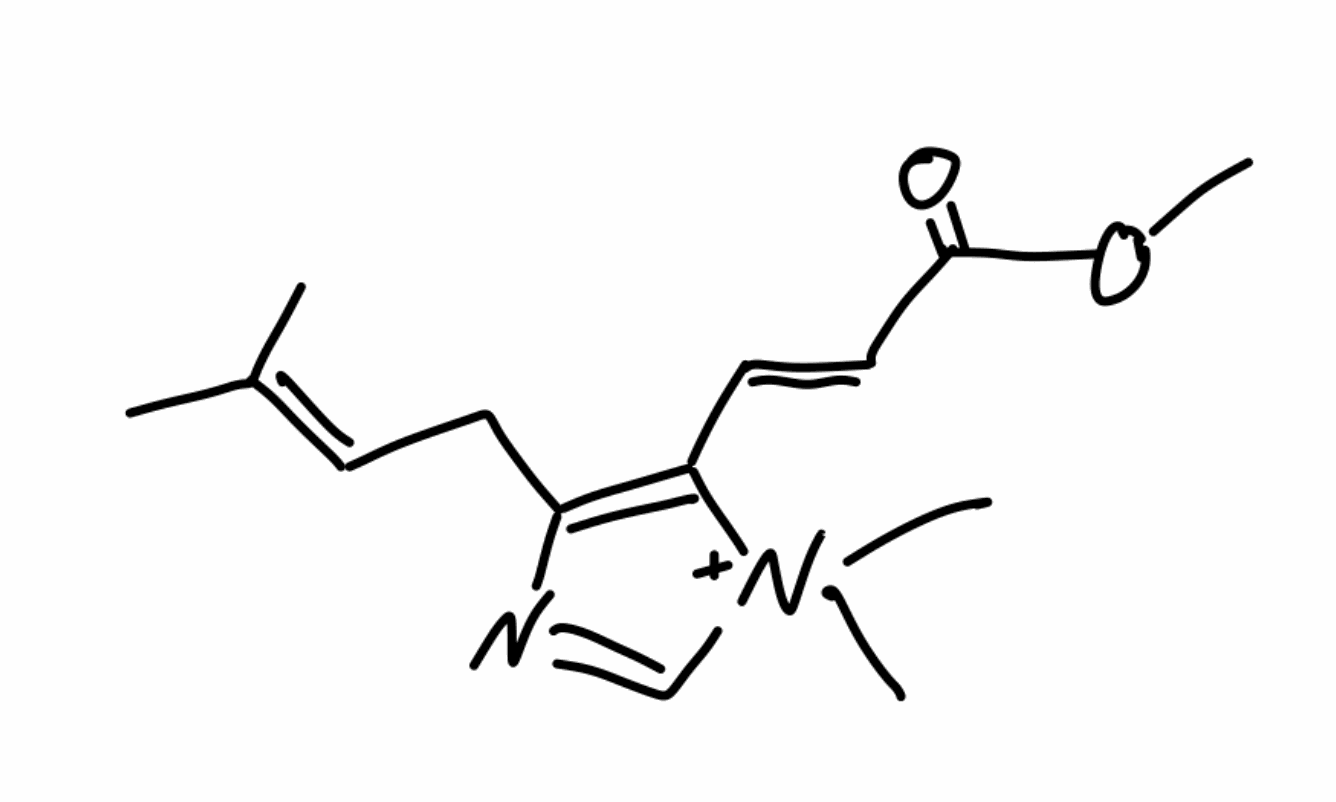
Simplified molecular-input line-entry system (SMILES) notation of the given molecule:
CC(=CCC1=C([N+](C=N1)(C)C)/C=C/C(=O)OC)C